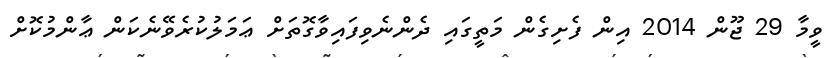
ވީމާ 29 ޖޫން 2014 އިން ފެށިގެން މަތީގައި ދެންނެވިފައިވާގޮތަށް ޢަމަލުކުރެވޭނެކަން ޢާންމުކޮށް